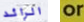
الرائد or